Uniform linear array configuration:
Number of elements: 24
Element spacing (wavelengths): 1
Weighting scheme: kaiser
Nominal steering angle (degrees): -30
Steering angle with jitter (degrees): -31.066
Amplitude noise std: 0.05
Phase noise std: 0.05

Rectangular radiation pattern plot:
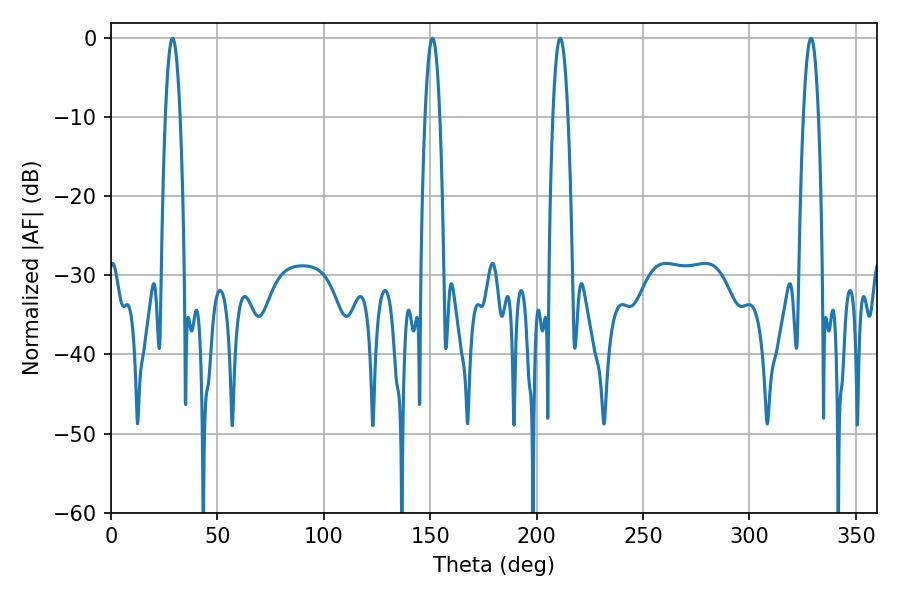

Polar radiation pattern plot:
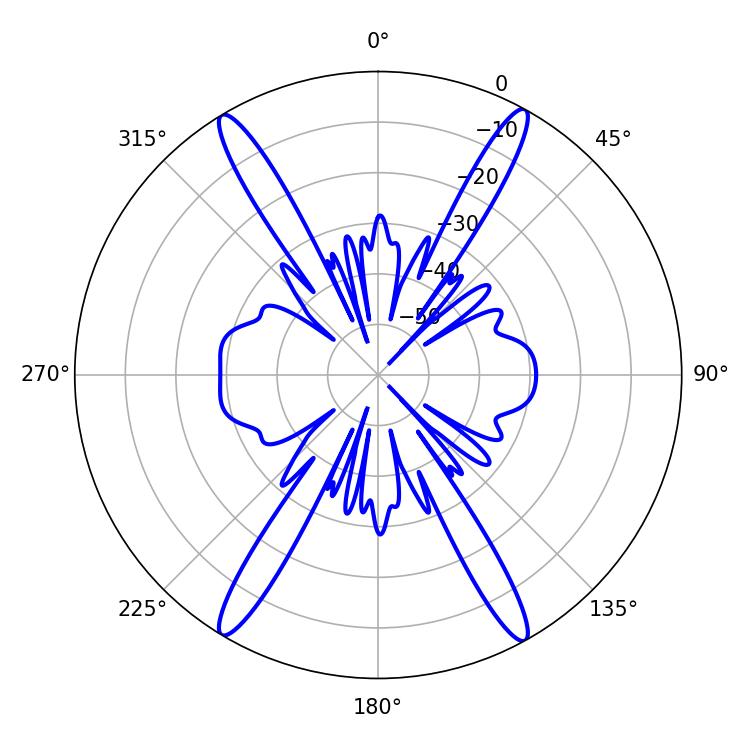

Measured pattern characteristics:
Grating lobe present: TRUE
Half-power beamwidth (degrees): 3.78
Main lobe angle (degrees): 151.02